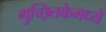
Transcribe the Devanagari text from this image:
गुच्छ्तिकेमध्ये